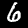
Label: 6